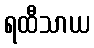
ရထီသာယ